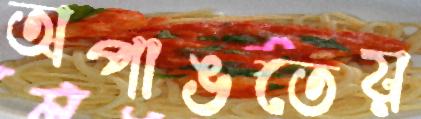
অপাঙতেয়